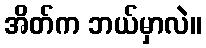
အိတ်က ဘယ်မှာလဲ။